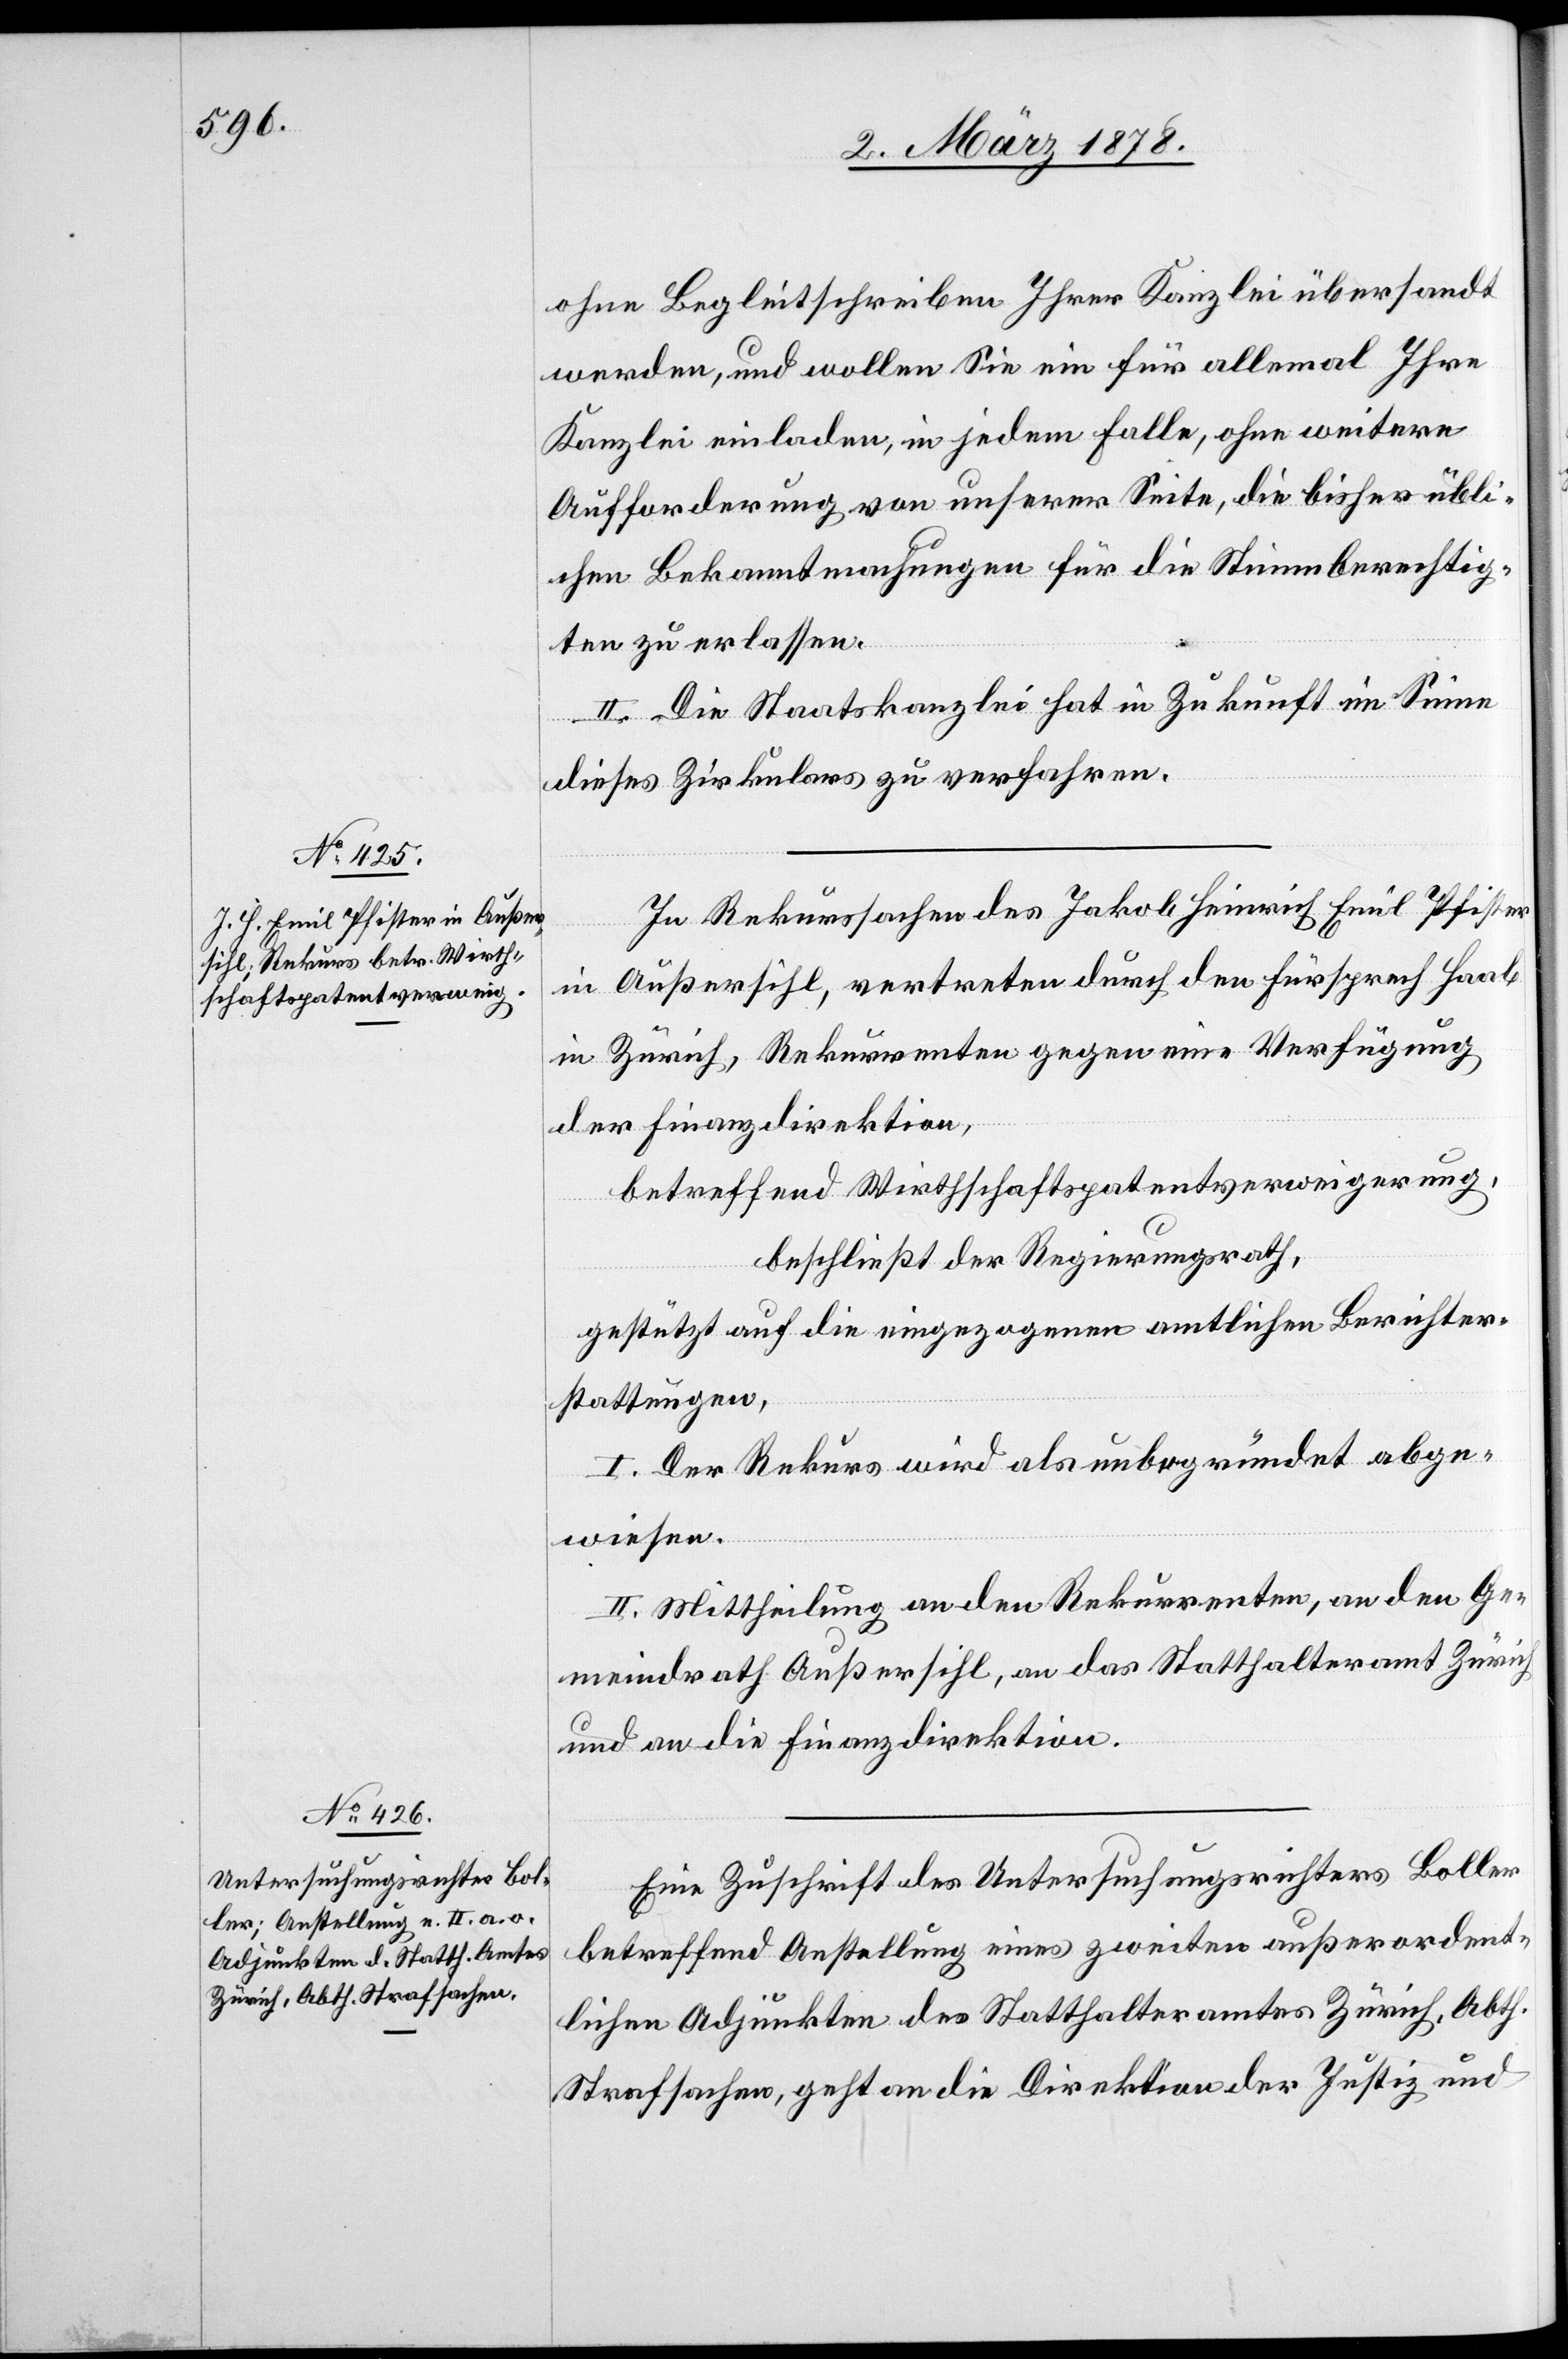
ohne Begleitschreiben Ihrer Kanzlei übersandt
werden, und wollen Sie ein für allemal Ihre
Kanzlei einladen, in jedem Falle, ohne weitere
Aufforderung von unserer Seite, die bisher übli¬
chen Bekanntmachungen für die Stimmberechtig¬
ten zu erlassen.
II. Die Staatskanzlei hat in Zukunft im Sinne
dieses Zirkulars zu verfahren.
In Rekurssachen des Jakob Heinrich Emil Pfister
in Außersihl, vertreten durch den Fürsprech Haab
in Zürich, Rekurrenten gegen eine Verfügung
der Finanzdirektion,
betreffend Wirthschaftspatentverweigerung,
beschließt der Regierungsrath,
gestützt auf die eingezogenen amtlichen Berichter¬
stattungen:
I. Der Rekurs wird als unbegründet abge¬
wiesen.
II. Mittheilung an den Rekurrenten, an den Ge¬
meindrath Außersihl, an das Statthalteramt Zürich
und an die Finanzdirektion.
Eine Zuschrift des Untersuchungsrichters Boller
betreffend Anstellung eines zweiten außerordent¬
lichen Adjunkten des Statthalteramtes Zürich, Abth.
Strafsachen, geht an die Direktion der Justiz und